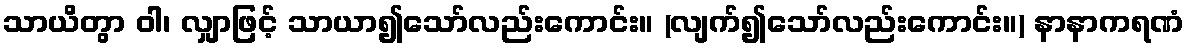
သာယိတွာ ဝါ၊ လျှာဖြင့် သာယာ၍သော်လည်းကောင်း။ (လျက်၍သော်လည်းကောင်း။) နာနာကရဏံ